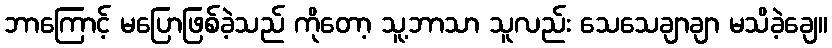
ဘာကြောင့် မပြောဖြစ်ခဲ့သည် ကိုတော့ သူ့ဘာသာ သူလည်း သေသေချာချာ မသိခဲ့ချေ။